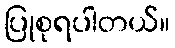
ပြုစုရပါတယ်။